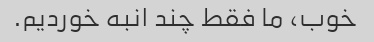
خوب، ما فقط چند انبه خوردیم.